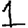
Digit: 1